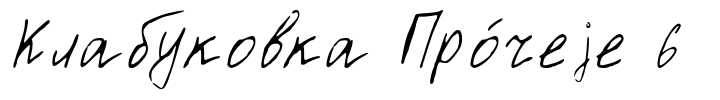
Клабуковка Про́чеjе 6